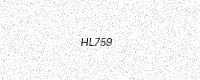
Text: HL759